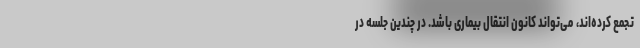
تجمع کرده‌اند، می‌تواند کانون انتقال بیماری باشد. در چندین جلسه در